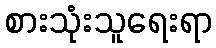
စားသုံးသူရေးရာ